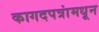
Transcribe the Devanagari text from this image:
कागदपत्रांमधून